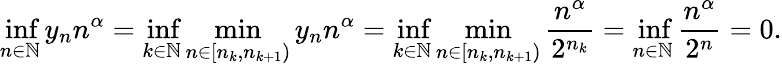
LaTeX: \operatorname*{inf}_{n\in{\mathbb{N}}}y_{n}n^{\alpha}=\operatorname*{inf}_{k\in{\mathbb{N}}}\operatorname*{min}_{n\in[n_{k},n_{k+1})}y_{n}n^{\alpha}=\operatorname*{inf}_{k\in{\mathbb{N}}}\operatorname*{min}_{n\in[n_{k},n_{k+1})}\frac{n^{\alpha}}{2^{n_{k}}}=\operatorname*{inf}_{n\in{\mathbb{N}}}\frac{n^{\alpha}}{2^{n}}=0.